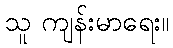
သူ ကျန်းမာရေး။